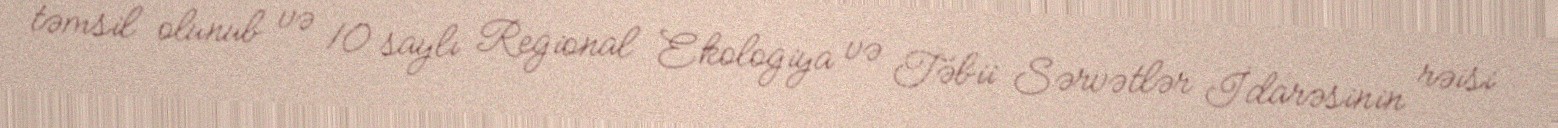
təmsil olunub və 10 saylı Regional Ekologiya və Təbii Sərvətlər İdarəsinin rəisi